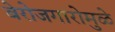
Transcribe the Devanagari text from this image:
बेरोजगारोमुळे